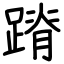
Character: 蹐